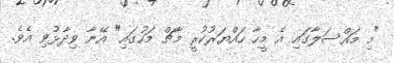
"މި މައްސަލާގައި އެ މީހާ ހައްޔަރުކުރީ މާޗް މަހުގައި" އޭނާ ވިދާޅުވި އެވެ.